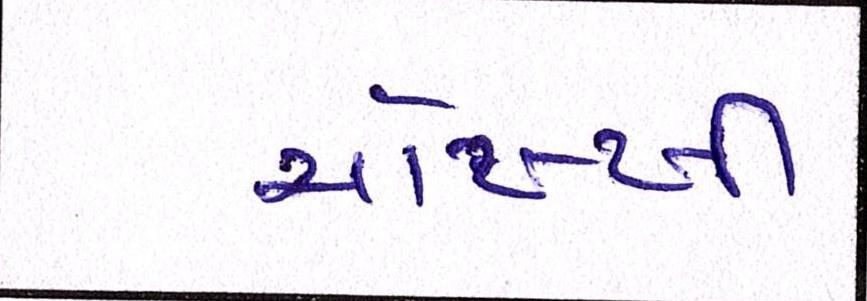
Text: ચોખ્ખી